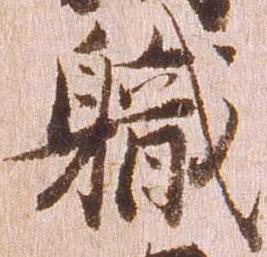
職